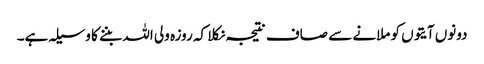
دونوں آیتوں کو ملانے سے صاف نتیجہ نکلا کہ روزہ ولی اللہ بننے کا وسیلہ ہے۔